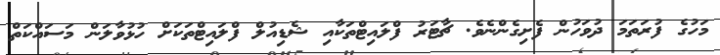
މަހުގެ ފުރަތަމަ ދުވަހުން ފެށިގެންނެވެ. ޗާޓަރު ފްލައިޓްތަކާއި ޝެޑިއުލް ފްލައިޓްތަކަށް ހުޅުވާލަން މަސައްކަތް